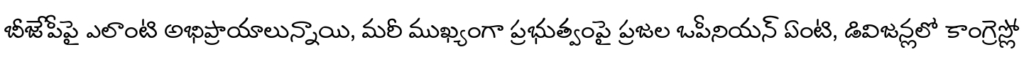
బీజేపీపై ఎలాంటి అభిప్రాయాలున్నాయి, మరీ ముఖ్యంగా ప్రభుత్వంపై ప్రజల ఒపీనియన్ ఏంటి, డివిజన్లలో కాంగ్రెస్లో